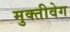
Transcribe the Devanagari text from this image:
मुक्तीवेग